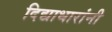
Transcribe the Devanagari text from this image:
दिद्याधारांनी